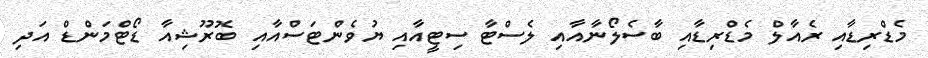
މެޑްރިޑާއި ރެއާލް މެޑްރިޑާއި ބާސެލޯނާއާއި ލެސްޓާ ސިޓީއާއި ޔުވެންޓަސްއާއި ބޮރޫޝިއާ ޑޯޓްމަންޑް އަދި